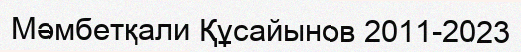
Мәмбетқали Құсайынов 2011-2023